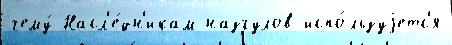
чему́ Насл'е́дн'икам назгулов испо́льзуjетс'я